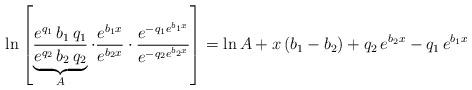
LaTeX: \begin{align*}\ln \left[ \underbrace{\frac{e^{q_1} \, b_1 \, q_1}{e^{q_2} \, b_2 \, q_2}}_{A} \cdot \frac{e^{b_1 x}}{e^{b_2 x}} \cdot \frac{e^{-q_1 e^{b_1 x}}} {e^{-q_2 e^{b_2 x}}} \right]= \ln A + x \, (b_1 - b_2) + q_2 \, e^{b_2 x} - q_1 \, e^{b_1 x}\end{align*}